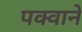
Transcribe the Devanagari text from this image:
पक्वाने